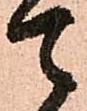
て